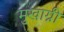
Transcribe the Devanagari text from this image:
मुखाग्नी